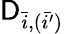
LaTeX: \mathsf{D}_{\bar{{i}},(\bar{{i^{\prime}}})}